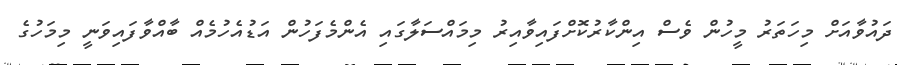
ދައުވާއަށް މިހަތަރު މީހުން ވެސް އިންކާރުކޮށްފައިވާއިރު މިމައްސަލާގައި އެންމެފަހުން އަޑުއެހުމެއް ބާއްވާފައިވަނީ މިމަހުގެ